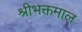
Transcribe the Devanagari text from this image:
श्रीभक्तमाल